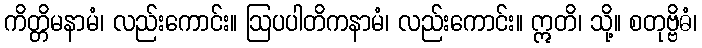
ကိတ္တိမနာမံ၊ လည်းကောင်း။ ဩပပါတိကနာမံ၊ လည်းကောင်း။ ဣတိ၊ သို့။ စတုဗ္ဗိဓံ၊